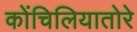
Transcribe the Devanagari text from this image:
कोंचिलियातोरे